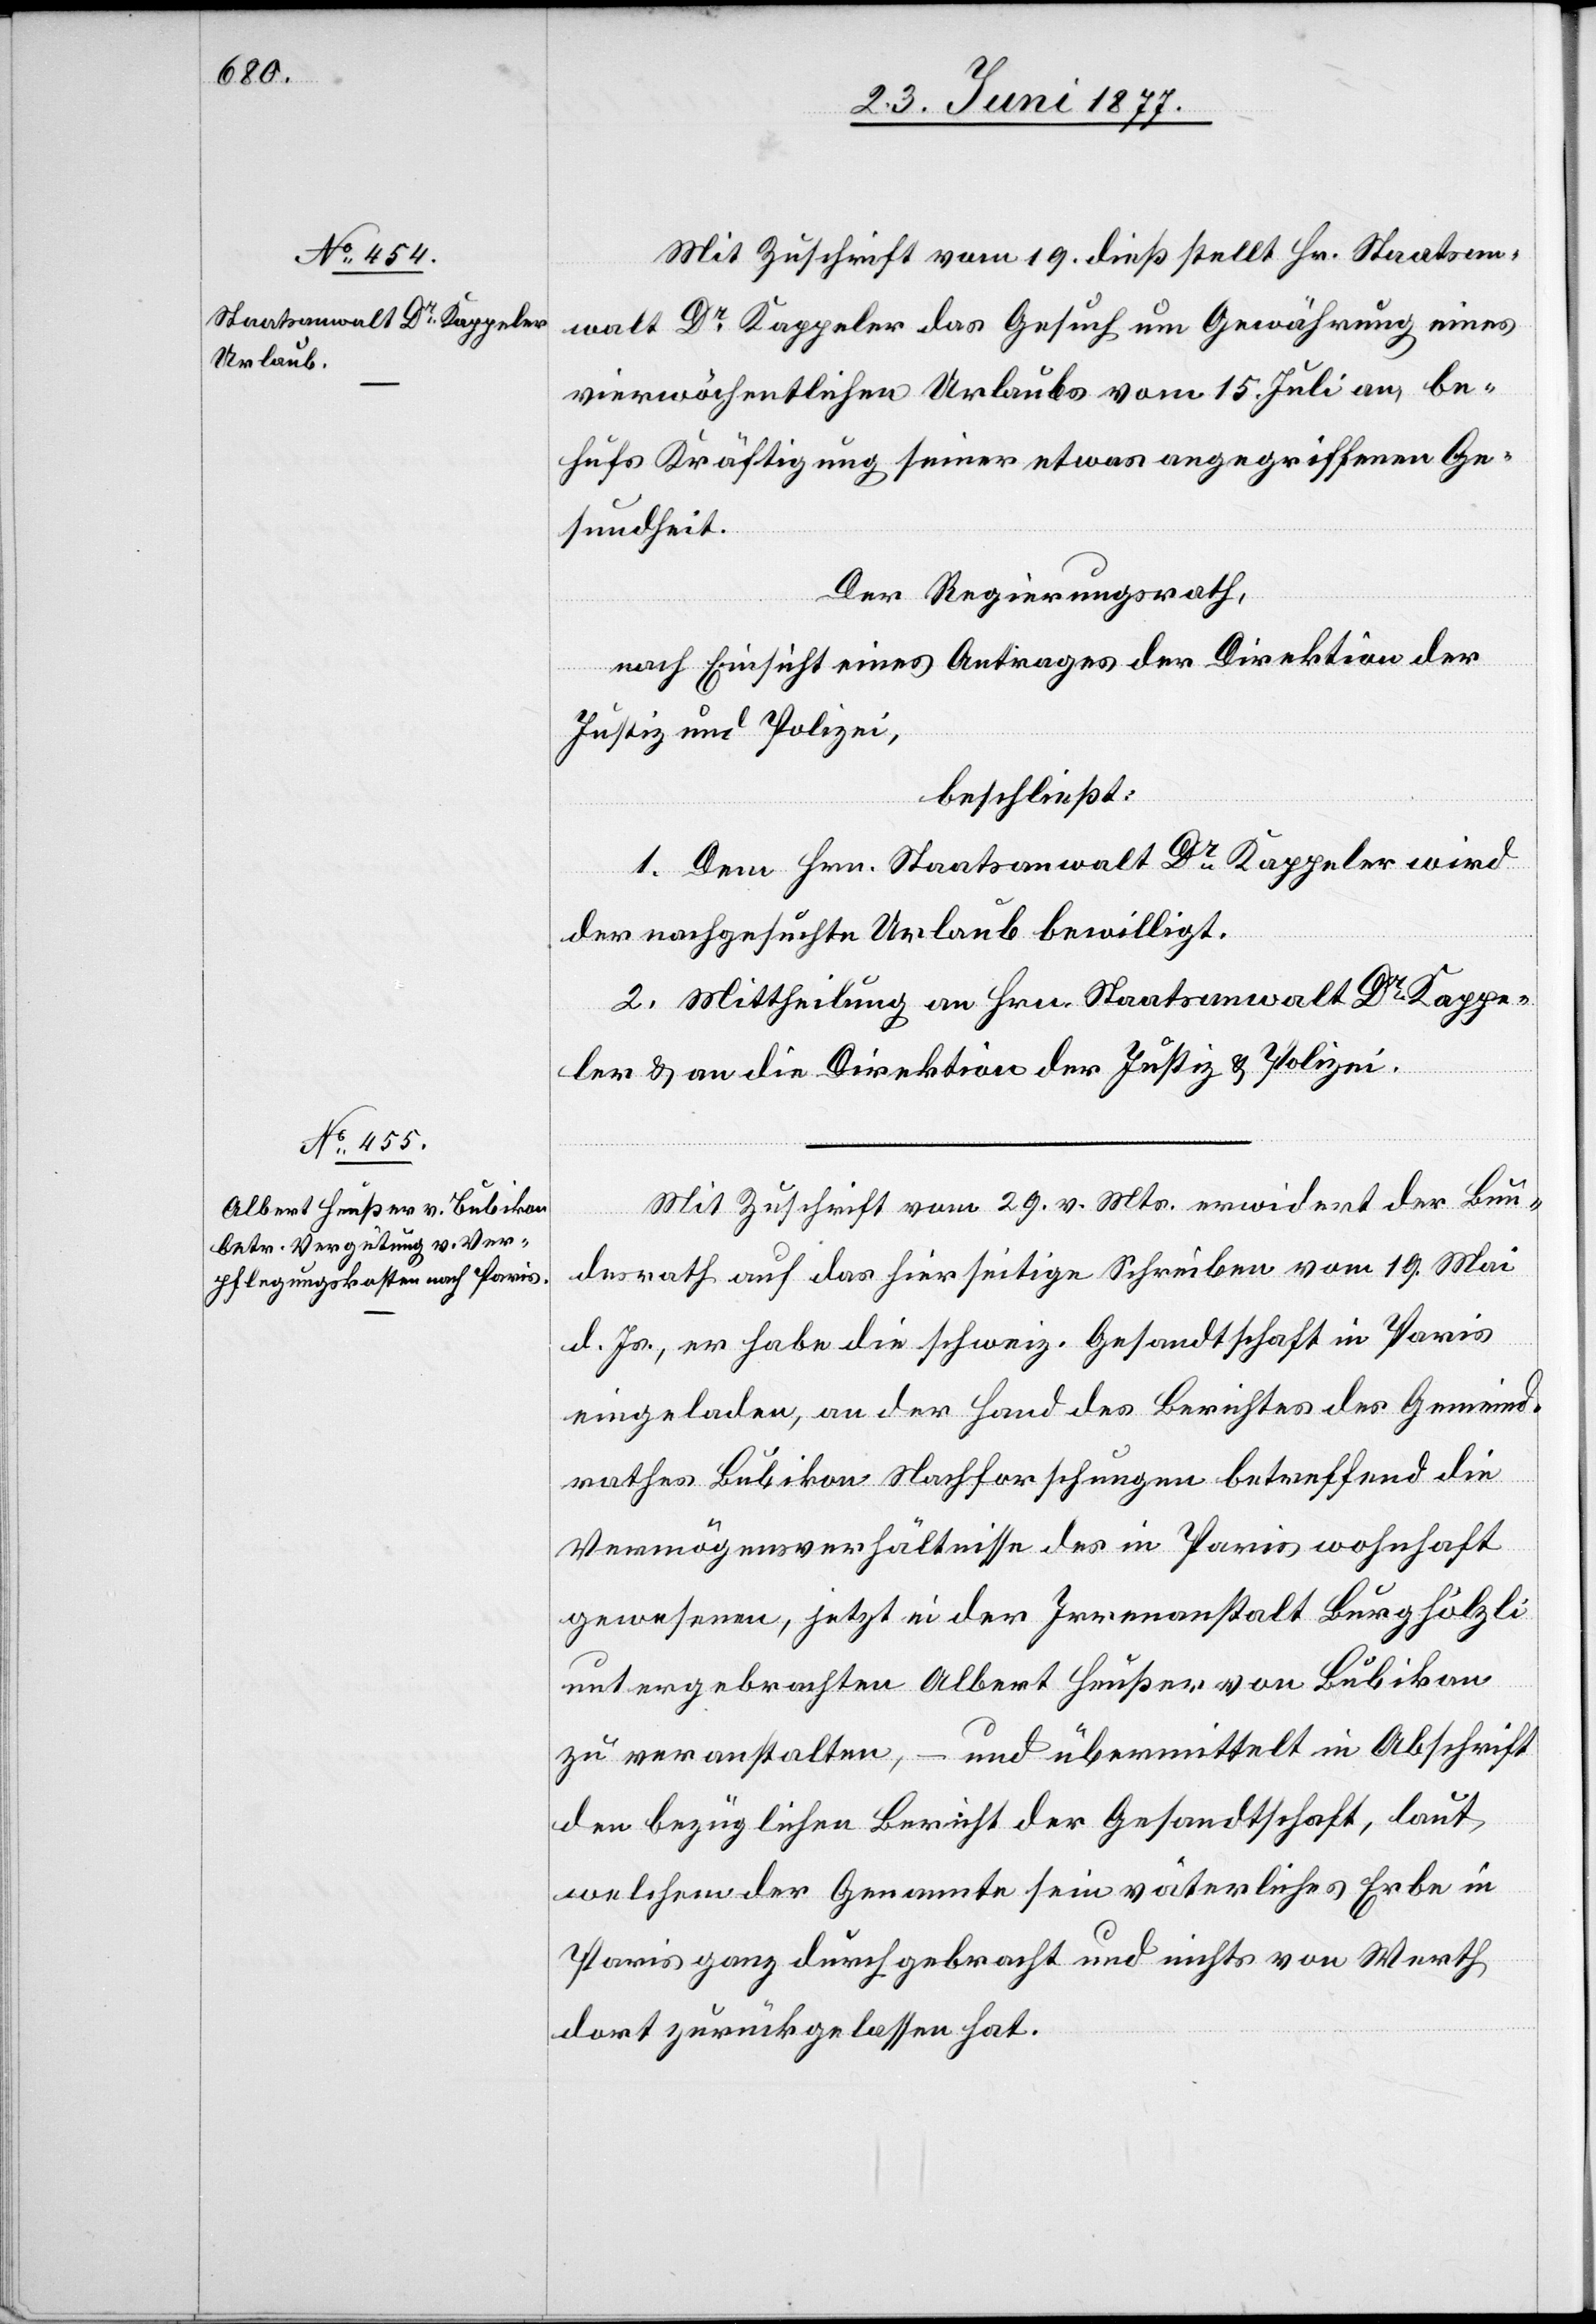
Mit Zuschrift vom 19. dieß stellt Hr. Staatsan¬
walt Dr Kappeler das Gesuch um Gewährung eines
vierwöchigen Urlaubs vom 15. Juni an, be¬
hufs Kräftigung seiner etwas angegriffenen Ge¬
sundheit.
Der Regierungsrath,
nach Einsicht eines Antrages der Direktion der
Justiz und Polizei,
beschließt:
1. Dem Hrn. Staatsanwalt Dr Kappeler wird
der nachgesuchte Urlaub bewilligt.
2. Mittheilung an Hrn. Staatsanwalt Dr Kappe¬
ler & an die Direktion der Justiz & Polizei.